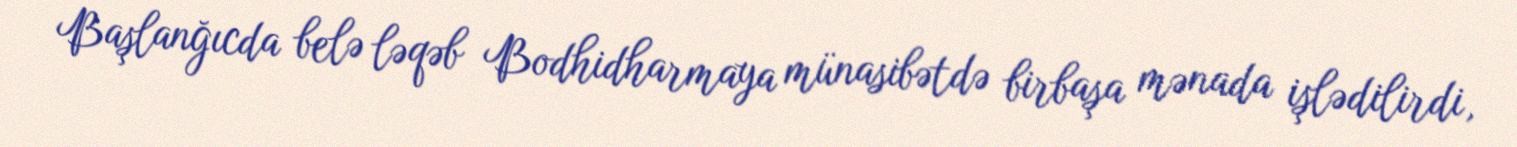
Başlanğıcda belə ləqəb Bodhidharmaya münasibətdə birbaşa mənada işlədilirdi,